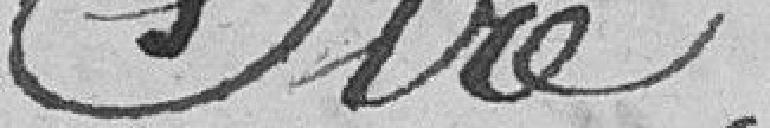
Sire,